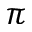
\pi